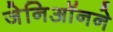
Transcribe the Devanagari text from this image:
जेनिऑनने